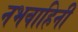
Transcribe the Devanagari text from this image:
नभवाहिनी